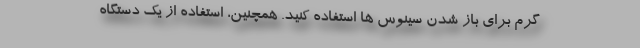
گرم برای باز شدن سینوس ها استفاده کنید. همچنین، استفاده از یک دستگاه